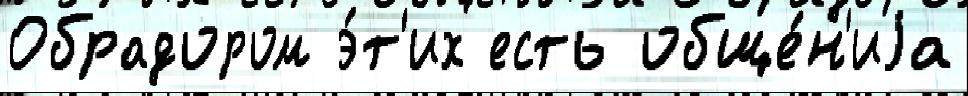
Обрадором э́т'их есть обще́н'иjа